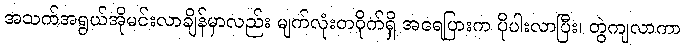
အသက်အရွယ်အိုမင်းလာချိန်မှာလည်း မျက်လုံးတဝိုက်ရှိ အရေပြားက ပိုပါးလာပြီး၊ တွဲကျလာကာ